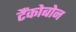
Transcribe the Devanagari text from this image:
टैंकोबोन